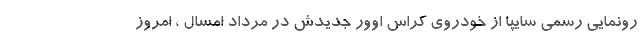
رونمایی رسمی سایپا از خودروی کراس اوور جدیدش در مرداد امسال ، امروز